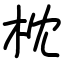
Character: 枕